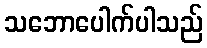
သဘောပေါက်ပါသည်